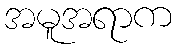
အမူအရာက